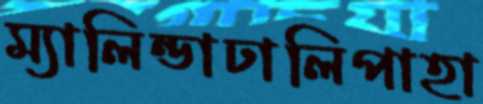
ম্যালিন্ডাঢালিপাহা